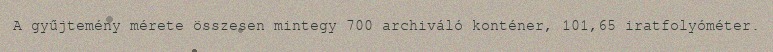
A gyűjtemény mérete összesen mintegy 700 archiváló konténer, 101,65 iratfolyóméter.